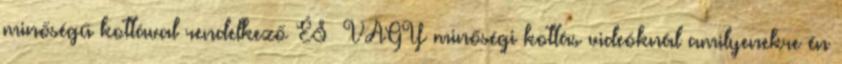
minőségű kottával rendelkező ÉS VAGY minőségi kottás videóknál amilyenekre én